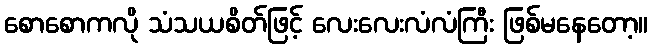
စောစောကလို သံသယစိတ်ဖြင့် လေးလေးလံလံကြီး ဖြစ်မနေတော့။